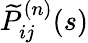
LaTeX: \widetilde{P}_{ij}^{(n)}(s)